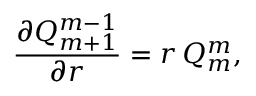
\frac { \partial Q _ { m + 1 } ^ { m - 1 } } { \partial r } = r \, Q _ { m } ^ { m } ,